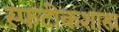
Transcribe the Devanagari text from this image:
स्फटीकशास्त्र